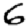
Digit: 6